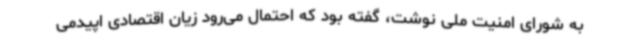
به شورای امنیت ملی نوشت، گفته بود که احتمال می‌رود زیان اقتصادی اپیدمی